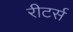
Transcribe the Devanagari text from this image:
रीटर्स